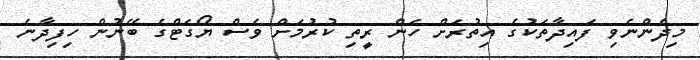
މިދެންނެވި ފައިދާތަކުގެ އިތުރަށް ހަން ރީތި ކުރުމަށް ވެސް ޔޯގަޓްގެ ބޭނުން ހިފިދާނެ